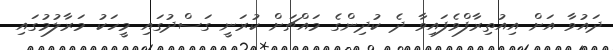
ދައުވާ އަށް އިއުތިރާފްވެފައިވާ ދެ ކުދިންގެ މައްޗަށް ކުރަނީ ގަސްދުގައި މީހަކު މަރާލުމުގައި